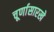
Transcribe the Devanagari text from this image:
चूर्णासारखे